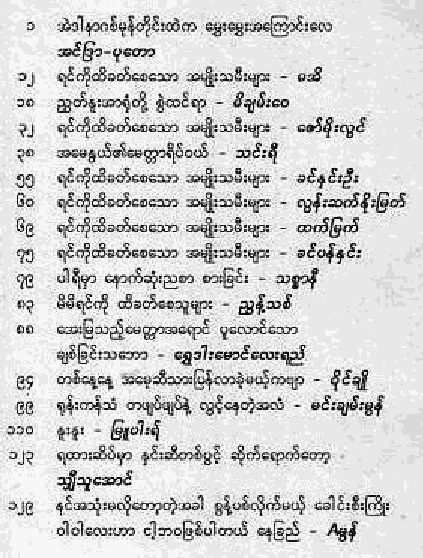
o aalYxlelclllcôro rAtozortto ia
 zr.êgo.g=n
 og xt?#qjtoobv.cw.o w4z=8: . et.î
 uc a,4.:044 tmleg. . hszno
 kJ vlolcêaoqxcapa apscol: %r= . gpjqz q?J
 @n aaio,uleîcegrxlSot.l . zu&zq
 : s c/ o! orp obn * G xxy u. >pl1 ap ùlqfo . œ d# Jt/w
 ga sgdcla4azcm .c4roos: := . tlgraorz4é. ;ïyl
 Ce #dcdpc6coc= cc4roos: %c: . CXTPS
 o  plolcaac6uwwuou akuèaplr.yx . PJW#J,
 tzi ulqr e4'.*!#:Eœ œCP' ' =r.1'
 01 hjcjt,l cjaokpcklc: . aijml
 oo oaxqcuéoe v= c.q.l %ccwlcpao
 . #illxlrvzg . o dalreocdscur.kn.j
 .
 e@ cryieq!N Meo8xv=W-nluula>hp ' f W
 zd tilco.taT * 4G cslc/cêeax'l ' e8z**:1
 a 7 o 4:1. . (4 o7rj
 og v qaya:u%s yo yyzaIoof :j :1 Ji G qxl < ogp
 OJ ga,as    '
 aIT Alan4psdazxlpxol ésapMyss4 <o1!z!:@;:
 o1J auxoo claaojlupcxc olqé . A:j